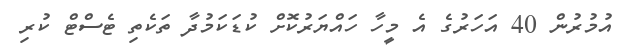
އުމުރުން 40 އަހަރުގެ އެ މީހާ ހައްޔަރުކޮށް ކުޑަކަމުދާ ތަކެތި ޓެސްޓް ކުރި